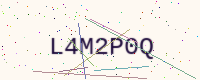
Text: L4M2P0Q